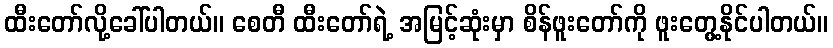
ထီးတော်လို့ခေါ်ပါတယ်။ စေတီ ထီးတော်ရဲ့ အမြင့်ဆုံးမှာ စိန်ဖူးတော်ကို ဖူးတွေ့နိုင်ပါတယ်။